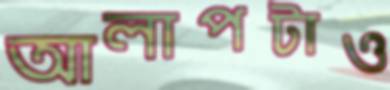
আলাপটাও